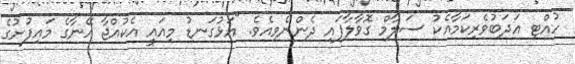
ހުއްޓި އަދަބުވެރިކަމާއެކު ސަލާމް ގޮވާލާފައި ދެންނެވިއެވެ. "އަޅުގަނޑު މިއައީ އެކުއްޖާ އޭނާގެ މައިފުށުގެ